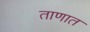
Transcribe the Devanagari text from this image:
ताणात